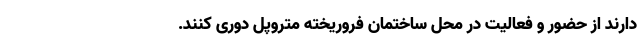
دارند از حضور و فعالیت در محل ساختمان فروریخته متروپل دوری کنند.